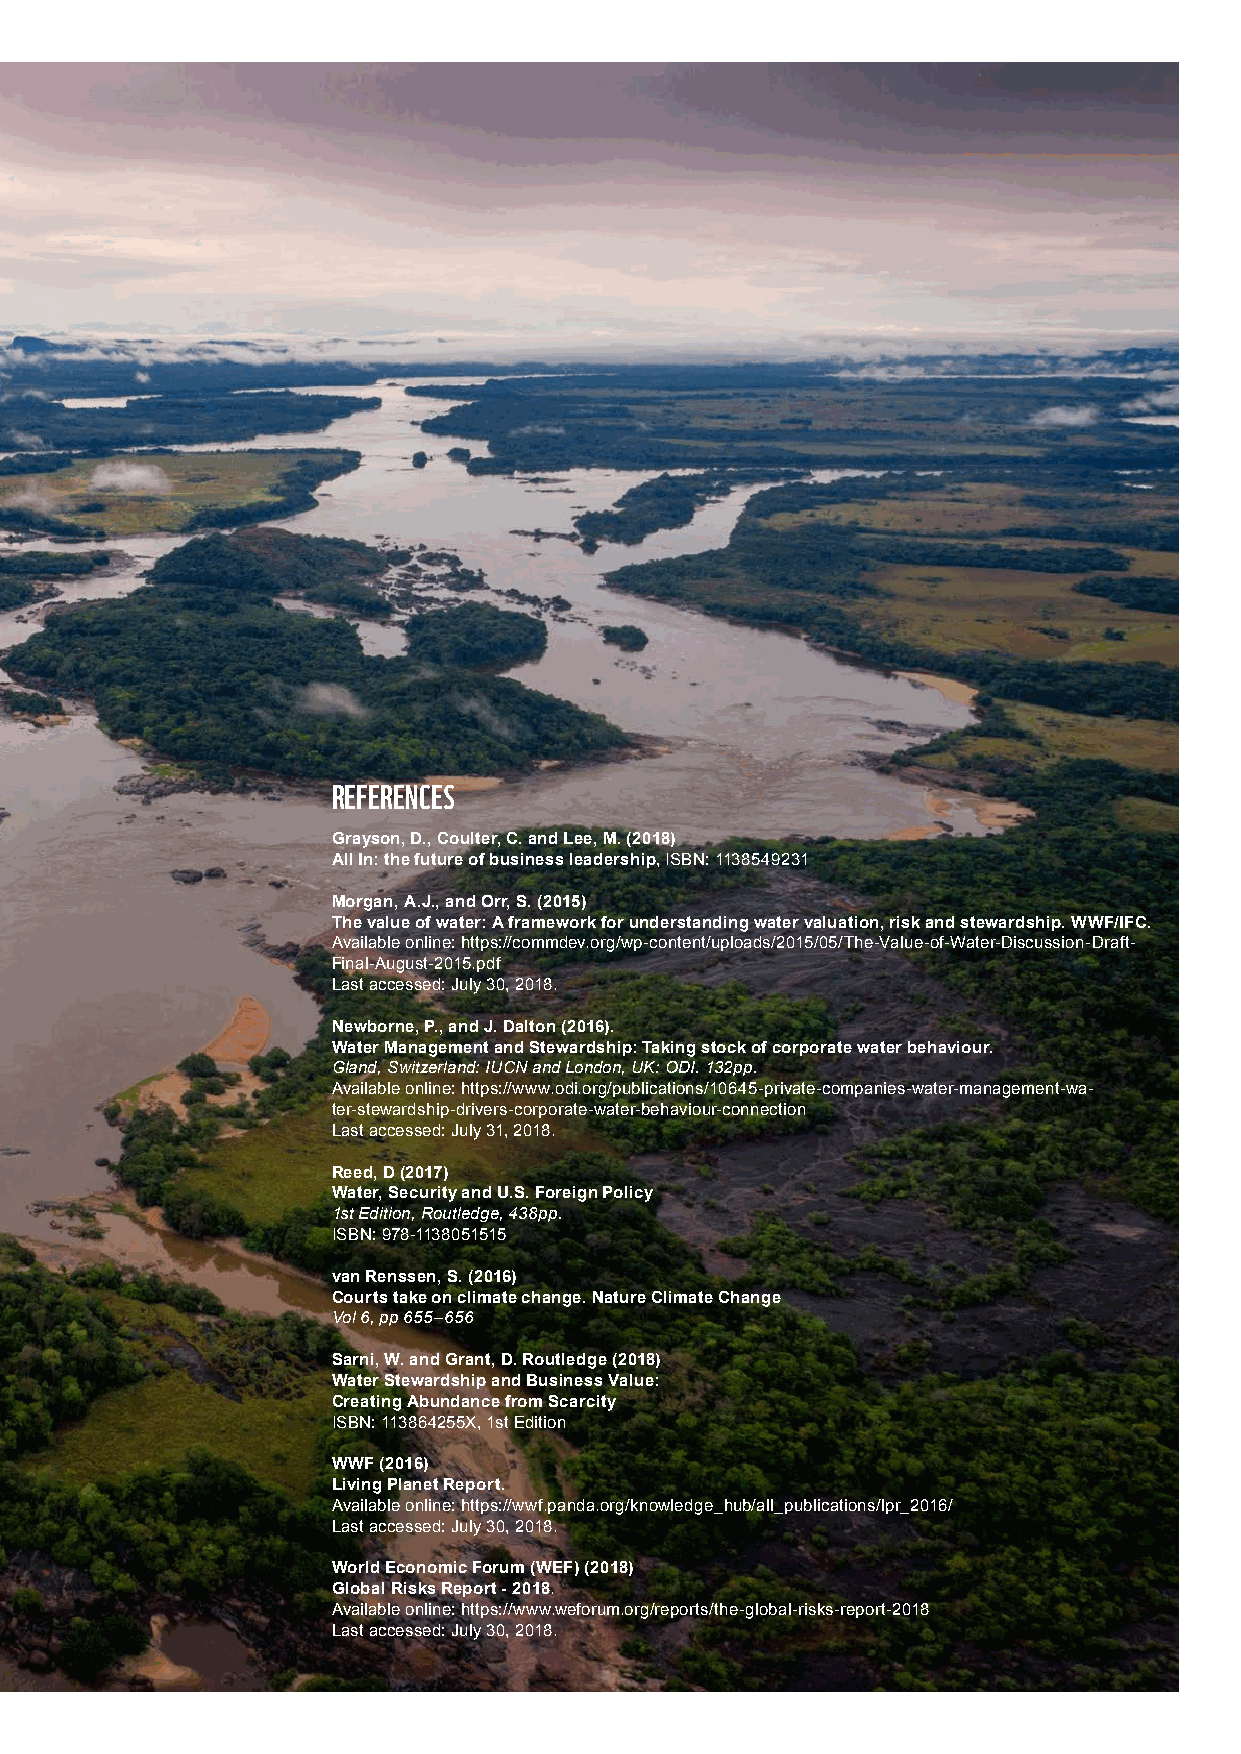
REFERENCES
 Grayson, D., Coulter, C. and Lee, M. (2018)
 All In: the future of business leadership, ISBN: 1138549231
 Morgan, A.J., and Orr, S. (2015)
 The value of water: A framework for understanding water valuation, risk and stewardship. WWF/IFC.
 Available online: https://commdev.org/wp-content/uploads/2015/05/The-Value-of-Water-Discussion-Draft-
 Final-August-2015.pdf
 Last accessed: July 30, 2018.
 Newborne, P., and J. Dalton (2016).
 Water Management and Stewardship: Taking stock of corporate water behaviour.
 Gland, Switzerland: IUCN and London, UK: ODI. 132pp.
 Available online: https://www.odi.org/publications/10645-private-companies-water-management-wa-
 ter-stewardship-drivers-corporate-water-behaviour-connection
 Last accessed: July 31, 2018.
 Reed, D (2017)
 Water, Security and U.S. Foreign Policy
 1st Edition, Routledge, 438pp.
 ISBN: 978-1138051515
 van Renssen, S. (2016)
 Courts take on climate change. Nature Climate Change
 Vol 6, pp 655–656
 Sarni, W. and Grant, D. Routledge (2018)
 Water Stewardship and Business Value:
 Creating Abundance from Scarcity
 ISBN: 113864255X, 1st Edition
 WWF (2016)
 Living Planet Report.
 Available online: https://wwf.panda.org/knowledge_hub/all_publications/lpr_2016/
 Last accessed: July 30, 2018.
 World Economic Forum (WEF) (2018)
 Global Risks Report - 2018.
 Available online: https://www.weforum.org/reports/the-global-risks-report-2018
 Last accessed: July 30, 2018.